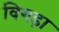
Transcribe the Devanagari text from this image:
विगड़ा